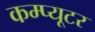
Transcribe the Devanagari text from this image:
कम्प्‍यूटर